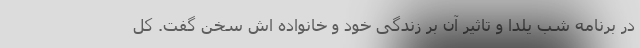
در برنامه شب یلدا و تاثیر آن بر زندگی خود و خانواده اش سخن گفت. کل